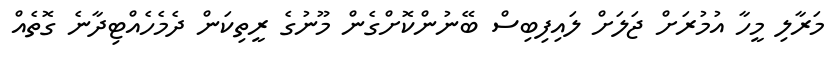
މަރާލި މީހާ އުމުރަށް ޖަލަށް ލައިފިބިސް ބޭނުންކޮށްގެން މޫނުގެ ރީތިކަން ދެމެހެއްޓިދާނެ ގޮތެއް